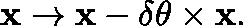
\mathbf { x } \rightarrow \mathbf { x } - \delta \mathbf { \theta } \times \mathbf { x } .